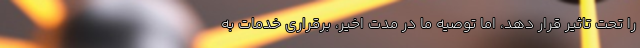
را تحت تاثیر قرار دهد، اما توصیه ما در مدت اخیر، برقراری خدمات به